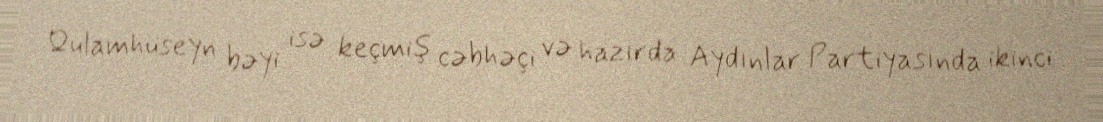
Qulamhüseyn bəyi isə keçmiş cəbhəçi və hazırda Aydınlar Partiyasında ikinci